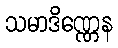
သမာဒိဏ္ဏေန